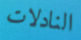
النادلات